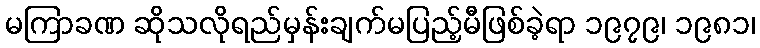
မကြာခဏ ဆိုသလိုရည်မှန်းချက်မပြည့်မီဖြစ်ခဲ့ရာ ၁၉၇၉၊ ၁၉၈၁၊